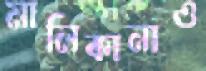
মালিকানাও